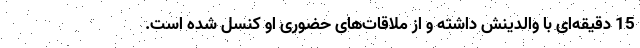
15 دقیقه‌ای با والدینش داشته و از ملاقات‌های حضوری او کنسل شده است.